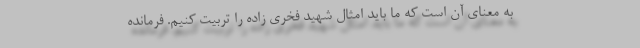
به معنای آن است که ما باید امثال شهید فخری زاده را تربیت کنیم. فرمانده